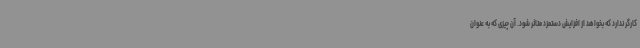
کارگر ندارد که بخواهد از افزایش دستمزد متاثر شود. آن چیزی که به عنوان